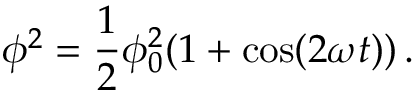
\phi ^ { 2 } = \frac 1 2 \phi _ { 0 } ^ { 2 } ( 1 + \cos ( 2 \omega t ) ) \, .